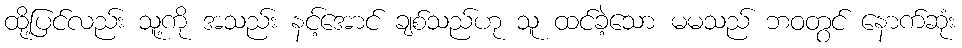
ထို့ပြင်လည်း သူ့ကို အသည်း နင့်အောင် ချစ်သည်ဟု သူ ထင်ခဲ့သော မမသည် ဘဝတွင် နောက်ဆုံး